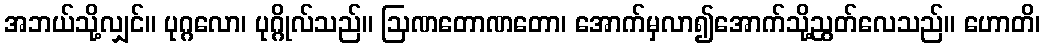
အဘယ်သို့လျှင်။ ပုဂ္ဂလော၊ ပုဂ္ဂိုလ်သည်။ ဩဏတောဏတော၊ အောက်မှလာ၍အောက်သို့ညွတ်လေသည်။ ဟောတိ၊